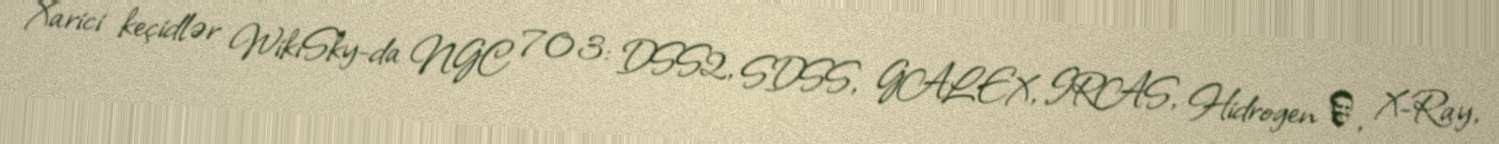
Xarici keçidlər WikiSky-da NGC 703: DSS2, SDSS, GALEX, IRAS, Hidrogen α, X-Ray,